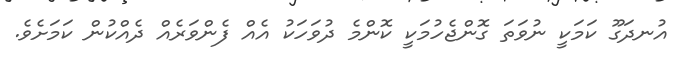
އުނދަގޫ ކަމަކީ ނުވަތަ ގޮންޖެހުމަކީ ކޮންމެ ދުވަހަކު އެއް ފެންވަރެއް ދެއްކުން ކަމަށެވެ.